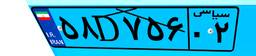
۱۹D۰۳۲۱۲